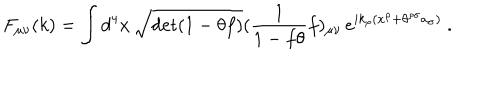
F _ { \mu \nu } ( k ) = \int d ^ { 4 } x \, \sqrt { \det ( 1 - \theta f ) } ( \frac { 1 } { 1 - f \theta } f ) _ { \mu \nu } \, e ^ { i k _ { \rho } ( x ^ { \rho } + \theta ^ { \rho \sigma } a _ { \sigma } ) } \ .